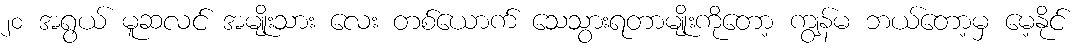
၂၀ အရွယ် မူဆလင် အမျိုးသား လေး တစ်ယောက် သေသွားရတာမျိုးကိုတော့ ကျွန်မ ဘယ်တော့မှ မေ့နိုင်